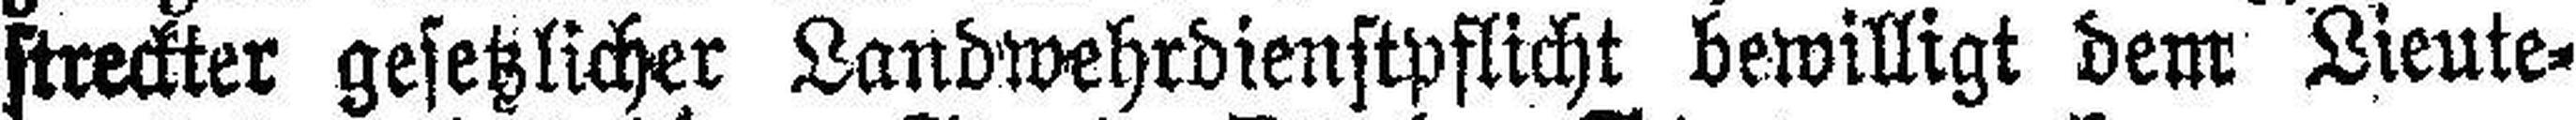
streckter gesetzlicher Landwehrdienstpflicht bewilligt dem Lieute¬